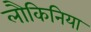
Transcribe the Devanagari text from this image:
लौकिनिया